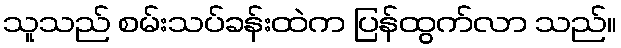
သူသည် စမ်းသပ်ခန်းထဲက ပြန်ထွက်လာ သည်။